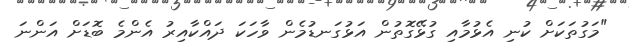
"މަގުތަކަށް ކުނި އެޅުމާއި ގުޅޭގޮތުން އަޅުގަނޑުމެން ވާހަކަ ދައްކާއިރު އެންމެ ބޮޑަށް އަންނަ